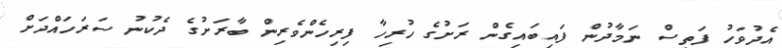
އެދުވަހު ފަތިސް ނަމާދުން ފައިބައިގެން ރަށުގެ ހުރިހާ ފިރިހެންވެރިން ބާރަށުގެ ދެކުނު ސަރަހައްދަށް